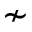
\nsim